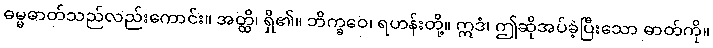
ဓမ္မဓာတ်သည်လည်းကောင်း။ အတ္ထိ၊ ရှိ၏။ ဘိက္ခဝေ၊ ရဟန်းတို့။ ဣဒံ၊ ဤဆိုအပ်ခဲ့ပြီးသော ဓာတ်ကို။